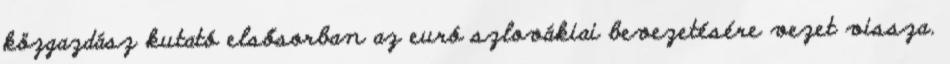
közgazdász kutató elsősorban az euró szlovákiai bevezetésére vezet vissza.